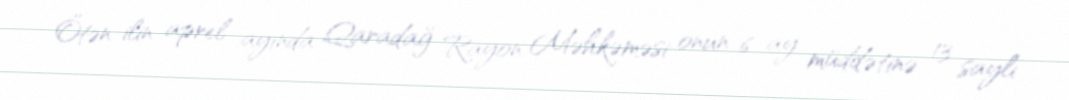
Ötən ilin aprel ayında Qaradağ Rayon Məhkəməsi onun 6 ay müddətinə 13 saylı